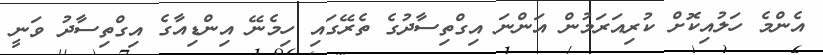
އެންމެ ހަލުއިކޮށް ކުރިއަރަމުން އަންނަ އިގްތިސާދުގެ ތެރޭގައި ހިމެނޭ އިންޑިއާގެ އިގްތިސާދު ވަނީ